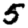
Digit: 5